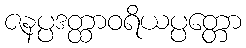
ဇနပ္ပဒတ္ထာဝရိယပ္ပတ္တော